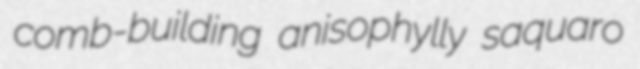
comb-building anisophylly saquaro